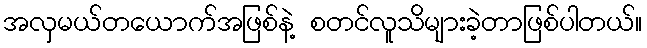
အလှမယ်တယောက်အဖြစ်နဲ့ စတင်လူသိများခဲ့တာဖြစ်ပါတယ်။